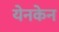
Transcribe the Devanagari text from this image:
येनकेन